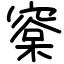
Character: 㮤